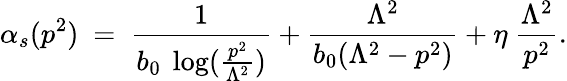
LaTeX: \alpha_{s}(p^{2})~=~{\frac{1}{b_{0}\ \log(\frac{p^{2}}{\Lambda^{2}})}}+{\frac{\Lambda^{2}}{b_{0}(\Lambda^{2}-p^{2})}}+\eta\ {\frac{\Lambda^{2}}{p^{2}}}.